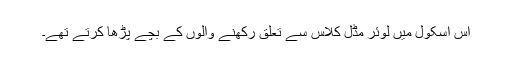
اس اسکول میں لوئر مڈل کلاس سے تعلق رکھنے والوں کے بچے پڑھا کرتے تھے۔